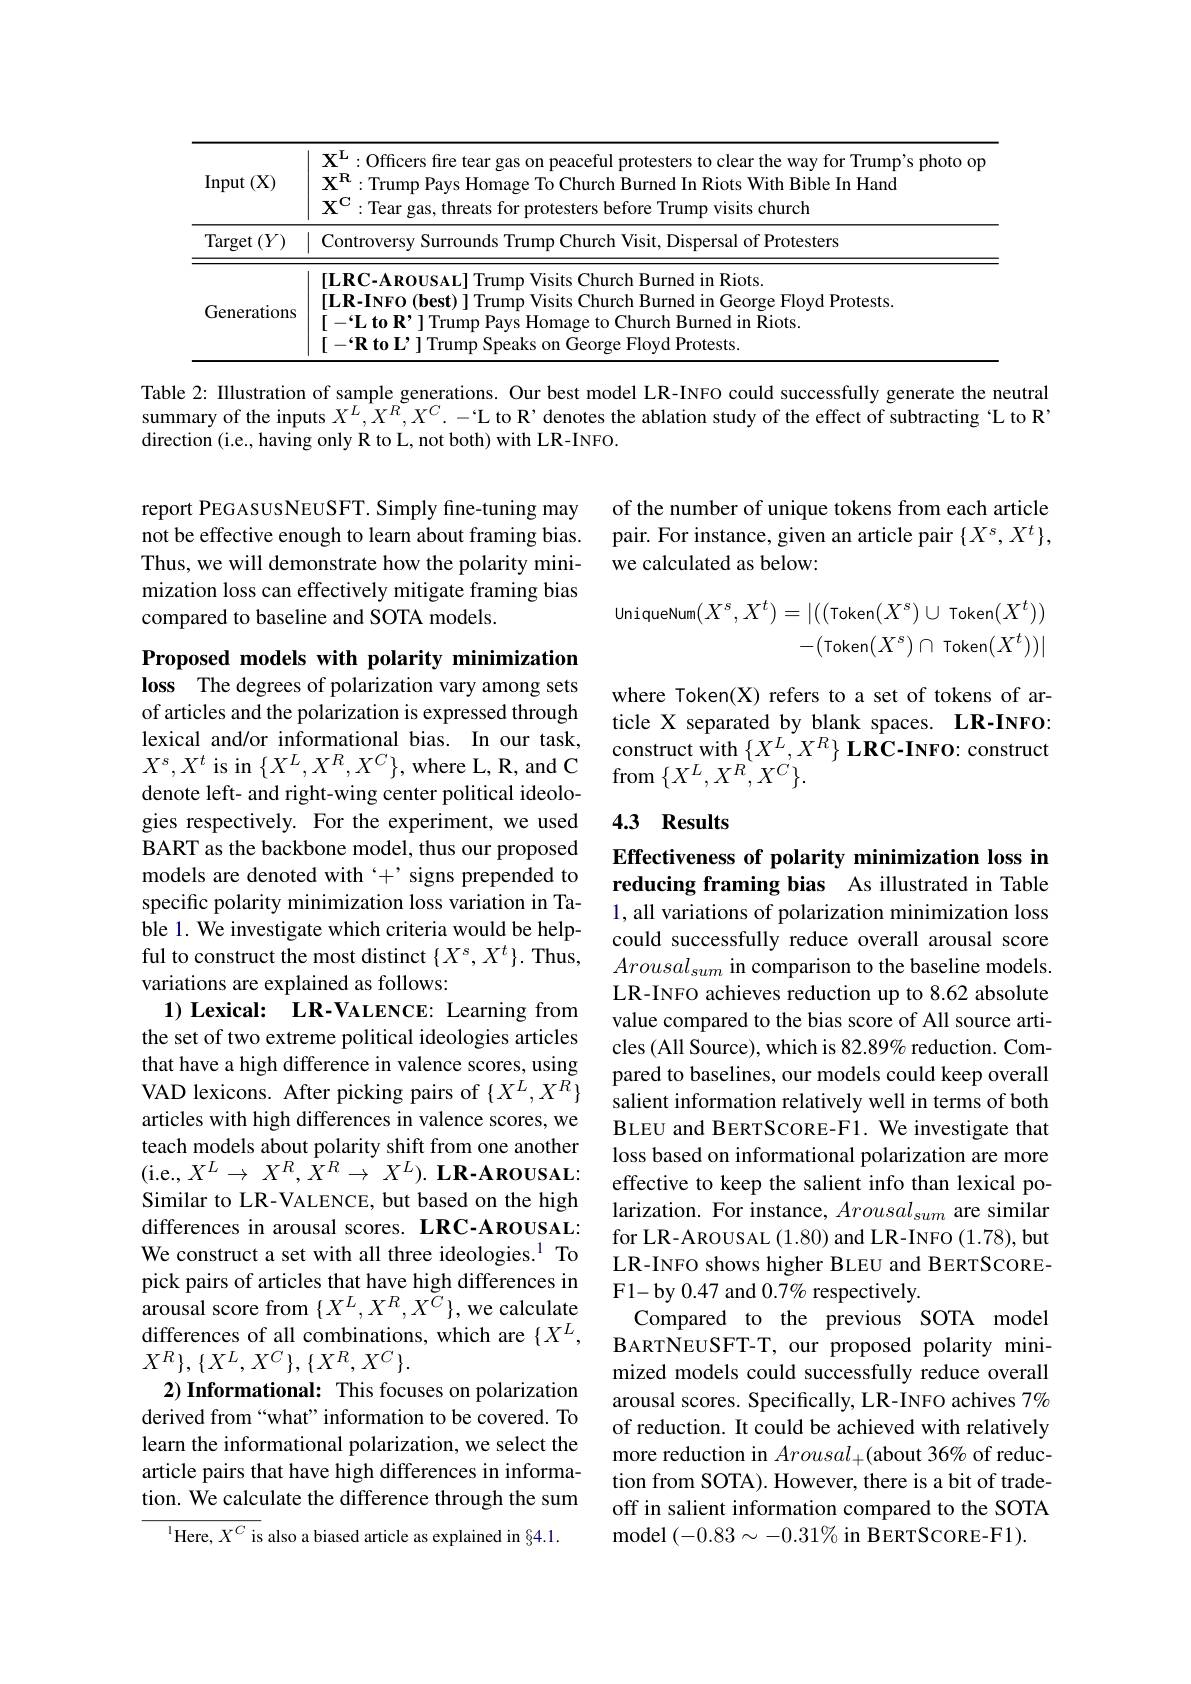
<table>
	<tbody>
		<tr>
			<th>Input $(\mathbf{X})$</th>
			<th>$\mathbf{X}^{\mathbf{L}}:$Officers fire tear gas on peaceful protesters to clear the way for Trump's photo op $\mathbf{X}^{\mathbf{R}}:$Trump Pays Homage To Church Burned In Riots With Bible In Hand $\mathbf{X}^{\mathbf{C}}:$Tear gas, threats for protesters before Trump visits church</th>
		</tr>
		<tr>
			<td>Target $t\left(Y\right)$ 1</td>
			<td>Visit, Dispersal of Protesters Controversy</td>
		</tr>
		<tr>
			<td>Generations</td>
			<td>$[\mathbf{LRC-AROUSAL}]$ Trump Visits Church Burned in Riots. $[ \textbf{LR- INFO( best) J Trump Visits Church Burned in George Floyd Protests}$ $[ - \mathbf{L} \textbf{toR' }]$Trump Pays Homage to Church Burned in Riots. [-Rto L' I Trump Speaks on George Floyd Protests</td>
		</tr>
	</tbody>
</table>

Table 2: Illustration of sample generations. Our best model LR-INFO could successfully generate the neutral summary of the inputs $X^L,X^R,X^C.-$L to R'denotes the ablation study of the effect of subtracting "L to R direction (i.e., having only R to L, not both) with LR-INFO.

of the number of unique tokens from each article pair. For instance, given an article pair $\{X^s,X^t\}$, we calculated as below:

report PEGASUSNEUSFT. Simply fine-tuning may not be effective enough to learn about framing bias. Thus, we will demonstrate how the polarity minimization loss can effectively mitigate framing bias compared to baseline and SOTA models.
$$\begin{aligned}\text{UniqueNum}(X^{s},X^{t})&=|((\mathsf{Token}(X^{s})\cup\mathsf{Token}(X^{t}))\\&-(\mathsf{Token}(X^{s})\cap\mathsf{Token}(X^{t}))|\end{aligned}$$
where Token(X) refers to a set of tokens of article X separated by blank spaces. LR-INFO: construct with $\{ X^{L}, X^{R}\} \textbf{ LRC- INFO: construct}$ $\operatorname{from}\{X^{L},X^{R},X^{C}\}.$

### 4.3 Results

## Effectiveness of polarity minimization loss in reducing framing bias As illustrated in Table

Proposed models with polarity minimization loss The degrees of polarization vary among sets of articles and the polarization is expressed through lexical and/or informational bias. In our task, $X^{s},X^{t}$ is in$\{X^{L},X^{R},X^{C}\}$,where L, R, and C denote left- and right-wing center political ideologies respectively. For the experiment, we used BART as the backbone model, thus our proposed models are denoted with $`+`$ signs prepended to specific polarity minimization loss variation in Table 1. We investigate which criteria would be helpful to construct the most distinct $\{X^s,X^t\}.$ Thus, variations are explained as follows:
$\mathbf{1} ) \textbf{ Lexical: LR- VALENCE: Learning from}$ the set of two extreme political ideologies articles that have a high difference in valence scores, using VAD lexicons. After picking pairs of $\{X^L,X^R\}$ articles with high differences in valence scores, we teach models about polarity shift from one another (i.e.,$X^L\to X^R, X^R\to X^L) . \textbf{ LR- AROUSAL: }$ Similar to LR-VALENCE, but based on the high differences in arousal scores. LRC-AROUSAL: We construct a set with all three ideologies.$^{1}$ To pick pairs of articles that have high differences in $\bar{\text{arousal score from}}\{X^L,X^R,X^C\}$,we calculate differences of all combinations, which are $\{X^L$, $X^R\},\{X^L,X^C\},\{X^R,X^C\}.$
$2) \textbf{ Informational: This focuses on polarization}$ derived from“what”information to be covered. To learn the informational polarization, we select the article pairs that have high differences in information. We calculate the difference through the sum
${^{1}\mathrm{Here,~}X^{C}\mathrm{~is~also~a~biased~article~as~explained~in~}\S4.1.}$

1, all variations of polarization minimization loss could successfully reduce overall arousal score $Arousal_{sum}$ in comparison to the baseline models. LR-INFO achieves reduction up to 8.62 absolute value compared to the bias score of All source articles (All Source), which is 82.89% reduction. Compared to baselines, our models could keep overall salient information relatively well in terms of both BLEU and BERTSCORE-F1. We investigate that loss based on informational polarization are more effective to keep the salient info than lexical polarization. For instance, $Arousal_{sum}$ are similar for LR-AROUSAL (1.80) and LR-INFO (1.78),but LR-INFO shows higher BLEU and BERTSCOREF1-by 0.47 and $0.7\%$ respectively.
Compared to the previous SOTA model BARTNEUSFT-T, our proposed polarity minimized models could successfully reduce overall arousal scores. Specifically, LR-INFO achives $7\%$ of reduction. It could be achieved with relatively more reduction in $Arousal_+$(about 36% of reduction from SOTA). However, there is a bit of tradeoff in salient information compared to the SOTA model $(-0.83\sim-0.31\%$ in BERTSCORE-F1).